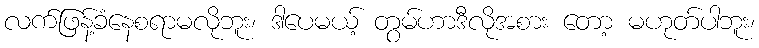
လက်ဖြန့်ခံနေစရာမလိုဘူး၊ ဒါပေမယ့် တွမ်ဟာဒီလိုအစား တော့ မဟုတ်ပါဘူး၊